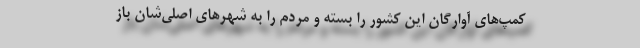
کمپ‌های آوارگان این کشور را بسته و مردم را به شهرهای اصلی‌شان باز